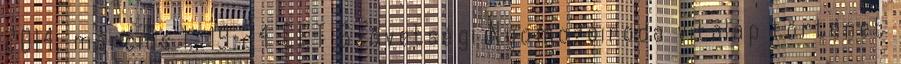
2014. március 1., 19:24 CET Szövetségi Nyomozóiroda vitalap történet